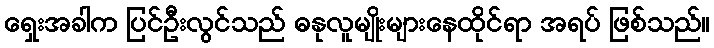
ရှေးအခါက ပြင်ဦးလွင်သည် ဓနုလူမျိုးများနေထိုင်ရာ အရပ် ဖြစ်သည်။